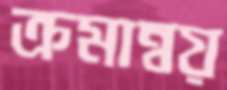
ক্রমান্বয়